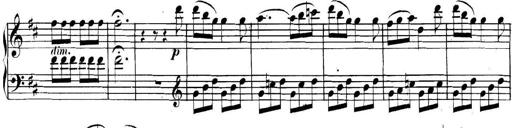
Title: Collected Piano Sonatas
Composer: Muzio Clementi